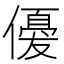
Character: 𬿲